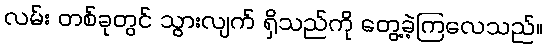
လမ်း တစ်ခုတွင် သွားလျက် ရှိသည်ကို တွေ့ခဲ့ကြလေသည်။